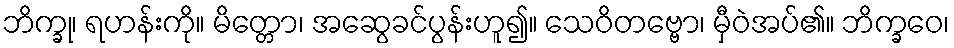
ဘိက္ခု၊ ရဟန်းကို။ မိတ္တော၊ အဆွေခင်ပွန်းဟူ၍။ သေဝိတဗ္ဗော၊ မှီဝဲအပ်၏။ ဘိက္ခဝေ၊